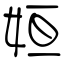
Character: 姮